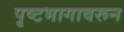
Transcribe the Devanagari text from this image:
पृष्टभागावरून